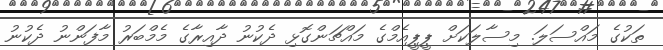
ތަކުގެ މައްސަލަ. މިސާލަކަށް ޕީޕީއެމްގެ މައްޗަންގޮޅި ދެކުނު ދާއިރާގެ މެމްބަރު މާފަންނު ދެކުނު